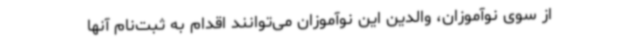
از سوی نوآموزان، والدین این نوآموزان می‌توانند اقدام به ثبت‌نام آنها